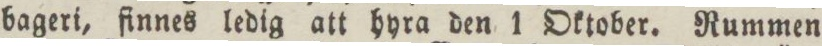
bageri, finnes ledig att hyra den 1 Oktober. Rummen